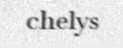
chelys